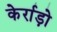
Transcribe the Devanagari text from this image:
केर्राड़ो